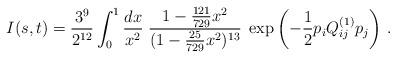
LaTeX: \begin{align*}I (s, t) =\frac{3^9}{2^{12}} \int_0^1 \frac{dx}{x^2} \;\frac{1-\frac{121}{729} x^2}{ (1-\frac{25}{729} x^2)^{13}} \;\exp \left(-\frac{1}{2} p_iQ^{(1)}_{ij}p_j\right)\,.\end{align*}